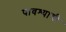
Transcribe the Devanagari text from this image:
पावश्याची